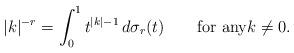
LaTeX: \begin{align*}|k|^{-r}=\int_0^1 t^{|k|-1}\, d\sigma_r(t)\qquad\mbox{for any}k\neq 0.\end{align*}